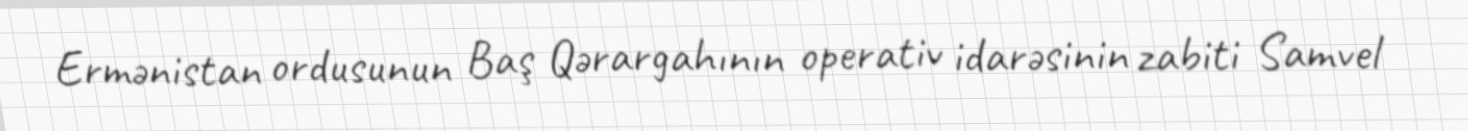
Ermənistan ordusunun Baş Qərargahının operativ idarəsinin zabiti Samvel